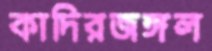
কাদিরজঙ্গল